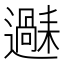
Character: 𬩧